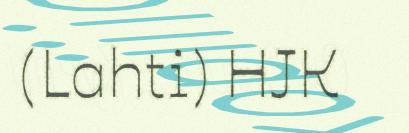
(Lahti) HJK